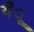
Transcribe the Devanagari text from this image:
यँू